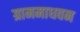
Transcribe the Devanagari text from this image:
ग्राममाधवन